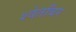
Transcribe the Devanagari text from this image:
श्वेताँबर